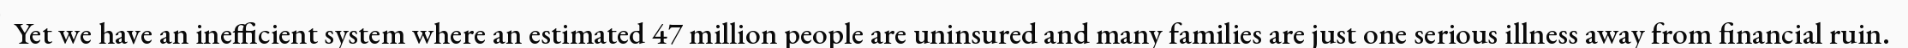
Yet we have an inefficient system where an estimated 47 million people are uninsured and many families are just one serious illness away from financial ruin.